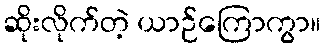
ဆိုးလိုက်တဲ့ ယာဉ်ကြောကွာ။